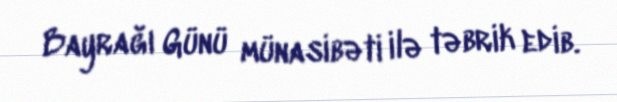
Bayrağı Günü münasibəti ilə təbrik edib.